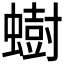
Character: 𫋚